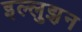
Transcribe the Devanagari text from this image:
इल्लुझ़न